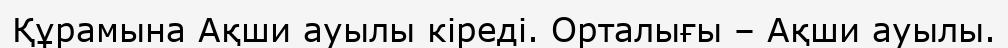
Құрамына Ақши ауылы кіреді. Орталығы – Ақши ауылы.